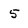
Character: 5